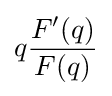
q{\frac {F'(q)}{F(q)}}